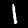
Digit: 1